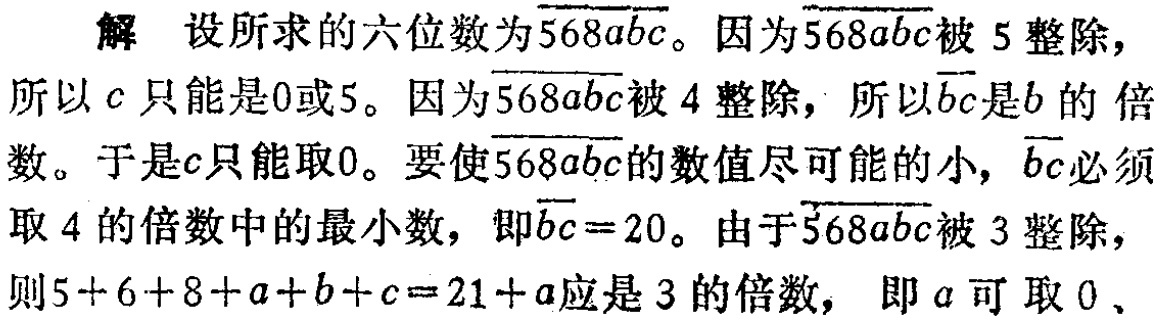
解 设所求的六位数为\(\overline{568abc}\)。因为\(\overline{568abc}\)被\(5\)整除，所以\(c\)只能是\(0\)或\(5\)。因为\(\overline{568abc}\)被\(4\)整除，所以\(\overline{bc}\)是\(b\)的 倍

数。于是\(c\)只能取\(0\)。要使\(\overline{568abc}\)的数值尽可能的小，\(\overline{bc}\)必须

取\(4\)的倍数中的最小数，即\(\overline{bc}=20\)。由于\(\overline{568abc}\)被\(3\)整除，

则\(5 + 6 + 8 + a + b + c = 21 + a\)应是\(3\)的倍数， 即\(a\)可取\(0\)、